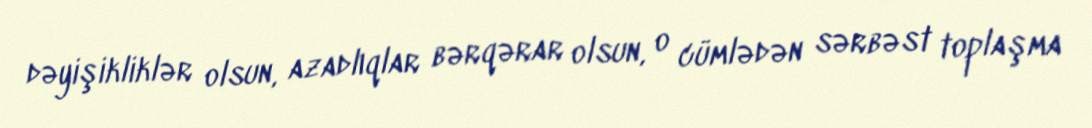
dəyişikliklər olsun, azadlıqlar bərqərar olsun, o cümlədən sərbəst toplaşma